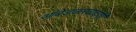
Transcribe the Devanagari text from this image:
आंबेडकरवादाशी